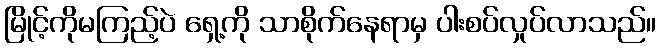
မြိုင့်ကိုမကြည့်ပဲ ရှေ့ကို သာစိုက်နေရာမှ ပါးစပ်လှုပ်လာသည်။